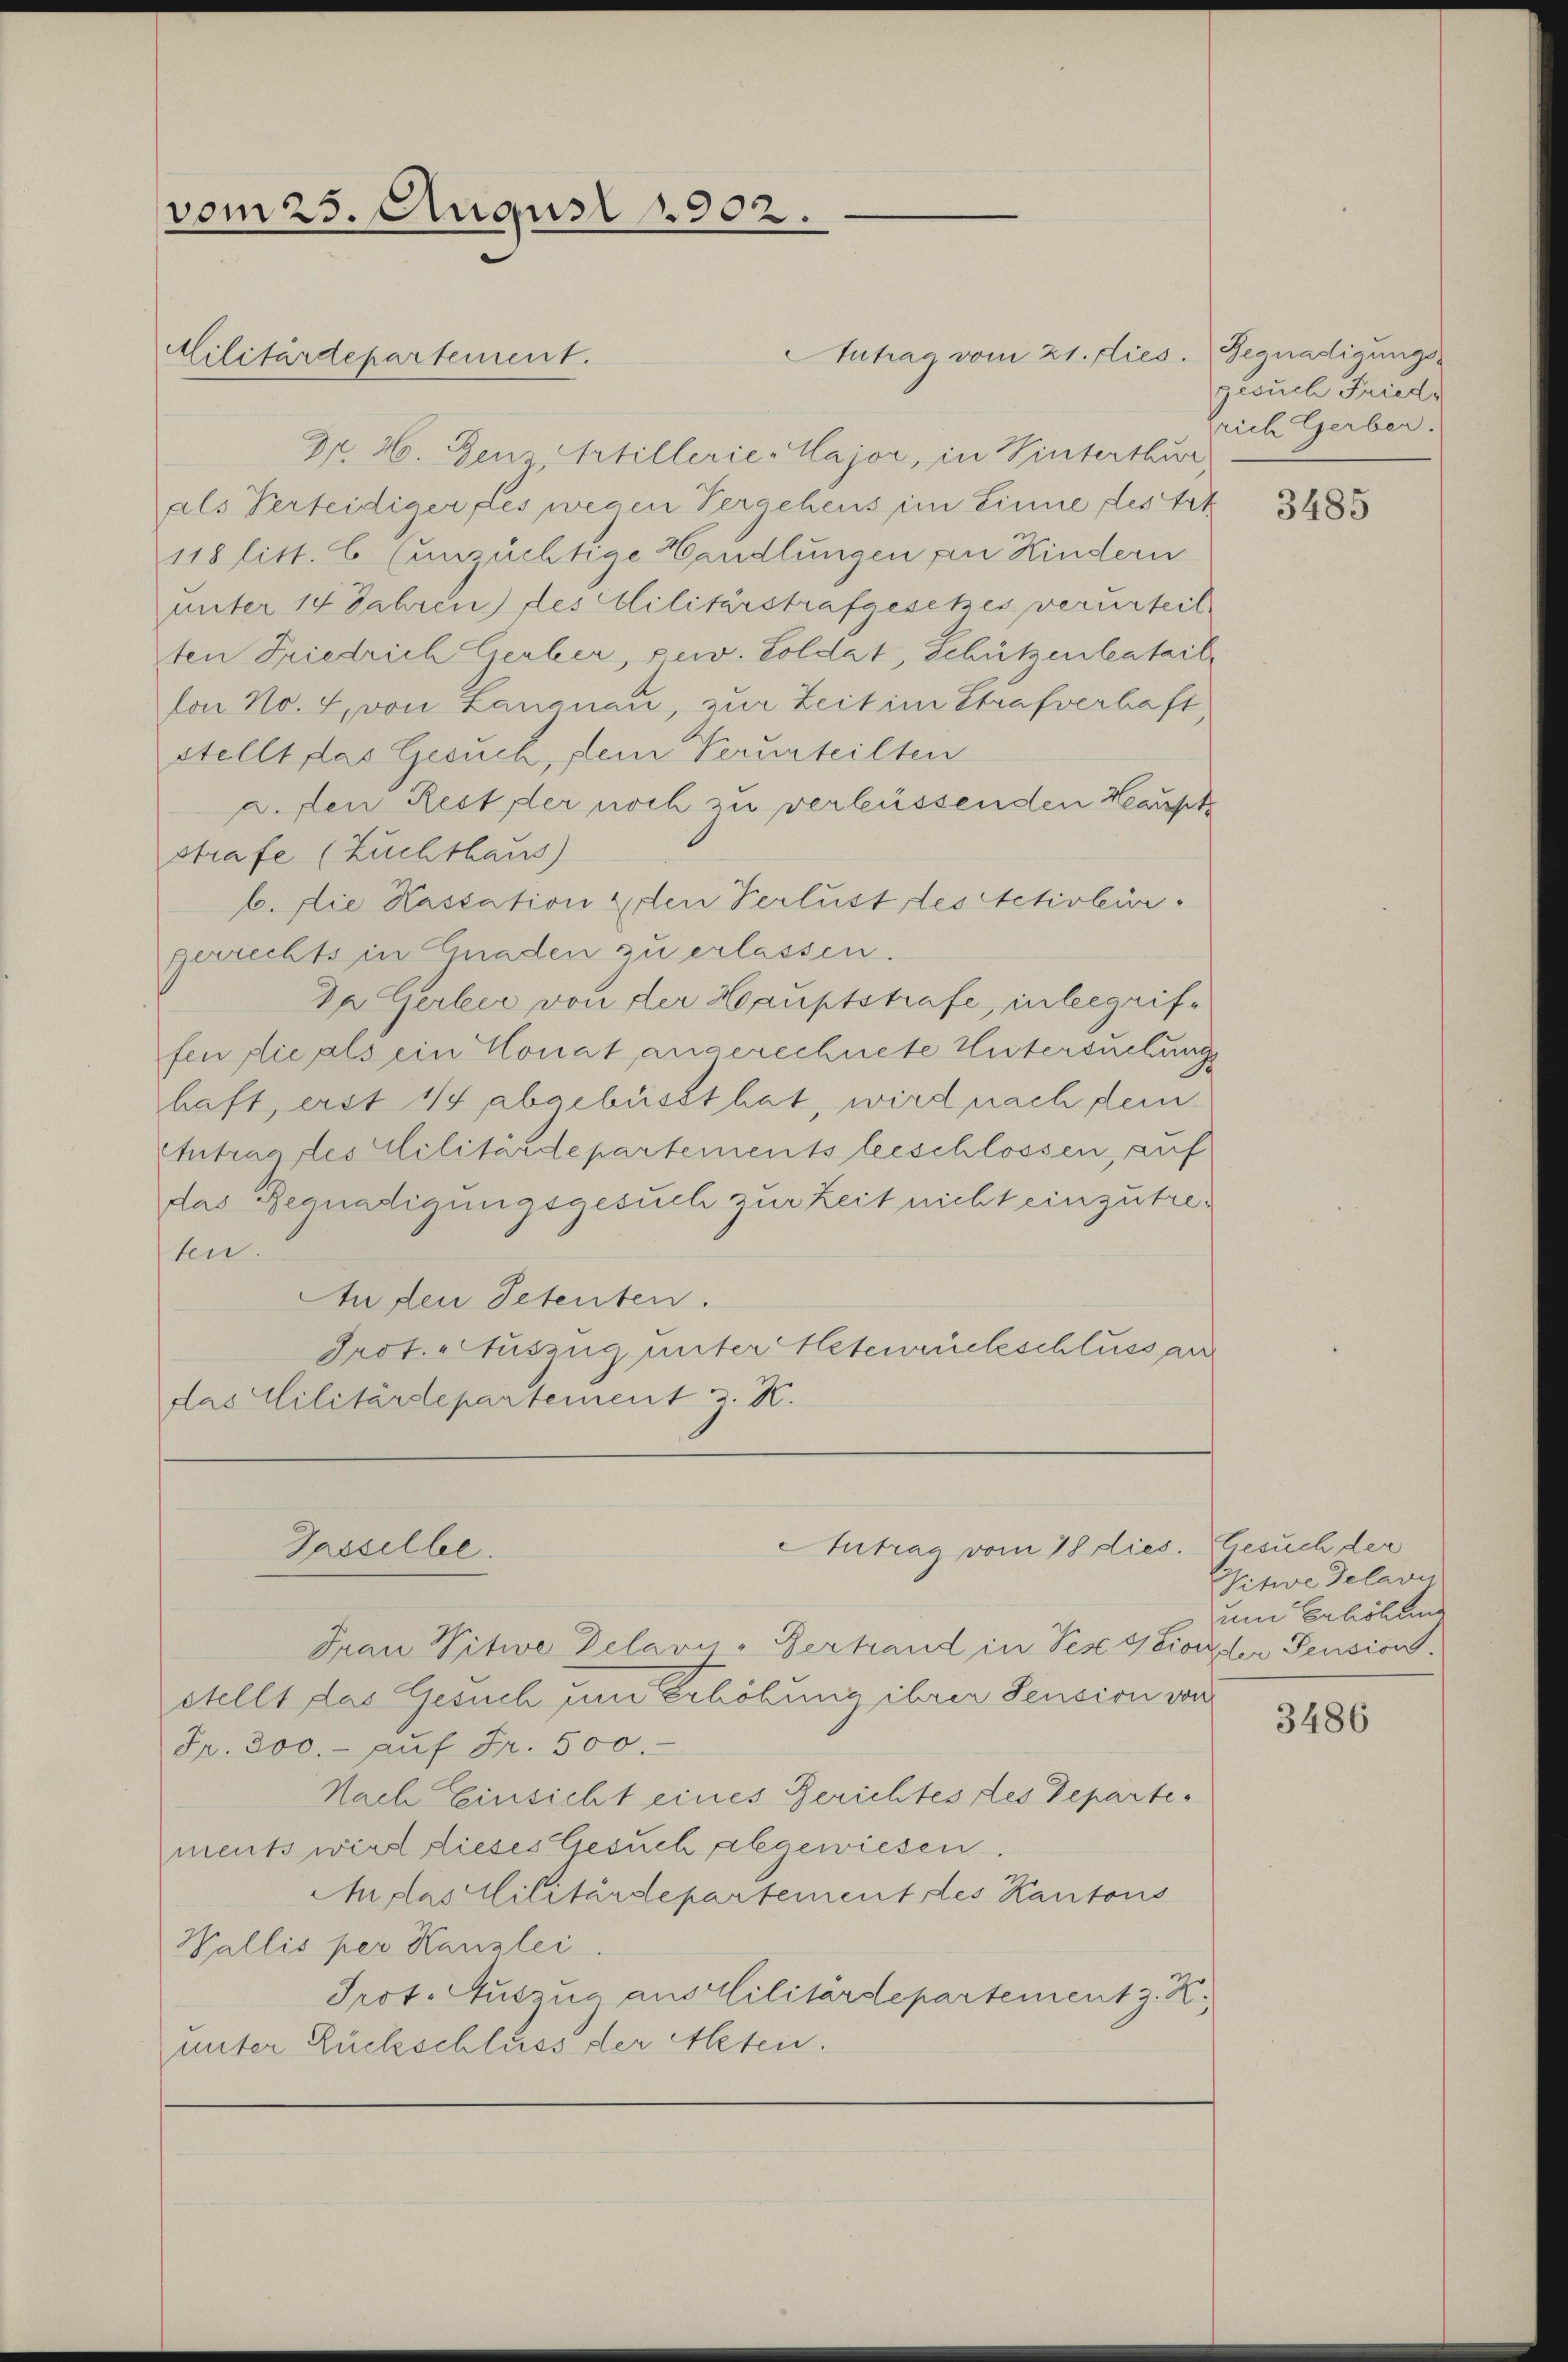
vom 25. August 1902.
Militärdepartement.

Antrag vom 21. dies. Gegnadigungs-
Dr. H. Gen. Artillerie Major, in Winterthur
als Verteidiger es wegen Vergehens im Sinne des tat
118 litt. 6 (unzüchtige Handlungen an Kindern
unter 14 Jahren) des Militärstrafgesetzes verurteil
ten Friedrich Gerber, per. Soldat, Schützenbatail
lon No. 4. von Langnau, zur Zeit im Strafverhaft
stellt das Gesuch, dem Verurteilten
a. den Rest der noch zu verlüssenden Haupt
strafe (Zuchthaus)
b. Die Kassation den Verlust des Activbür
gerrechts in Gnaden zu erlassen.
Da Gerlie von der Hauptstrafe, inbegriffen die als ein Konat angerechnete Untersuchung
haft, erst 11 abgebüsst hat, wird nach dem
Antrag des Militärdepartements beschlossen, auf
das Begnadigungsgesuch zur Zeit nicht einzutreten.
Aufen Petenten.
Prot. Auszug unter Hebenrückschlusserr
das Militärdepartement J. K.

Gasselbe.

Antrag vom 18 dies. Gesuch der

Frau Vitwe Delavis-Verhand in Pese 4 Fiorester Pension.
stellt das Gesuch zum Erhöhung ihrer Pension ver
Fr. 300.- aŭf Fr. 500.
Nach Einsicht eines Berichtes des Departe.
ments wird dieses Gesuch abgewiesen.
Atlas Militärdepartement des Kantons
Wallis per Kanzlei
Prot. Auszug aus Militärdepartement z. K.
unter Rückschluss der Alten.

gesuch Fried
grich Gerber.

3485

Sitive Delaru
um Erhöhung

3486